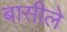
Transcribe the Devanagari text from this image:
बासीले